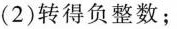
(2)转得负整数；